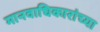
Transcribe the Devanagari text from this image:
मानवाधिकारांच्या